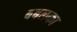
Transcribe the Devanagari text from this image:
बबलका